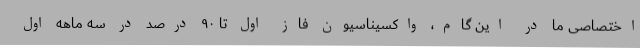
اختصاصی ما در این گام، واکسیناسیون فاز اول تا ۹۰ درصد در سه ماهه اول